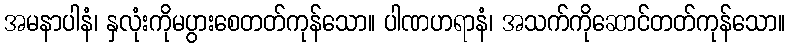
အမနာပါနံ၊ နှလုံးကိုမပွားစေတတ်ကုန်သော။ ပါဏဟရာနံ၊ အသက်ကိုဆောင်တတ်ကုန်သော။